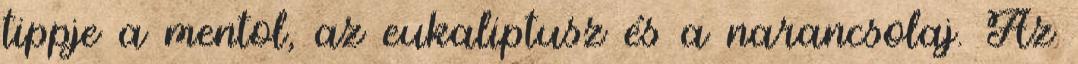
tippje a mentol, az eukaliptusz és a narancsolaj. Az